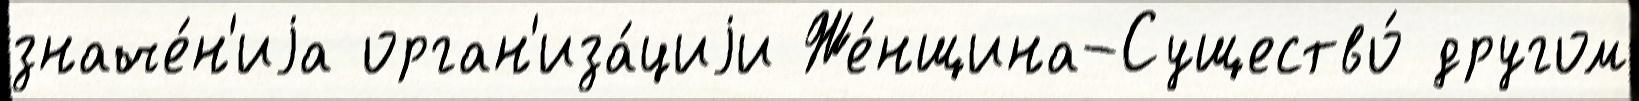
значе́н'иjа орган'иза́циjи Же́нщина-Существо́ другом